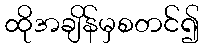
ထိုအချိန်မှစတင်၍